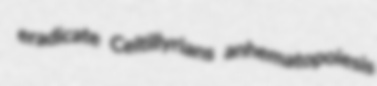
eradicate Celtillyrians anhematopoiesis